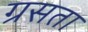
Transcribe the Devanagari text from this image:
ग्रसता